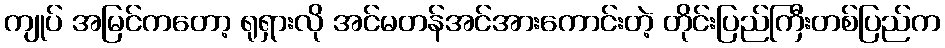
ကျုပ် အမြင်ကတော့ ရုရှားလို အင်မတန်အင်အားကောင်းတဲ့ တိုင်းပြည်ကြီးတစ်ပြည်က